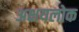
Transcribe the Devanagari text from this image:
अक्षयलोक